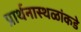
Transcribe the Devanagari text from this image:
प्रार्थनास्थळांकडे